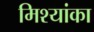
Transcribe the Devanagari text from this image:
मिश्यांका